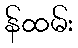
န်ထမ်း